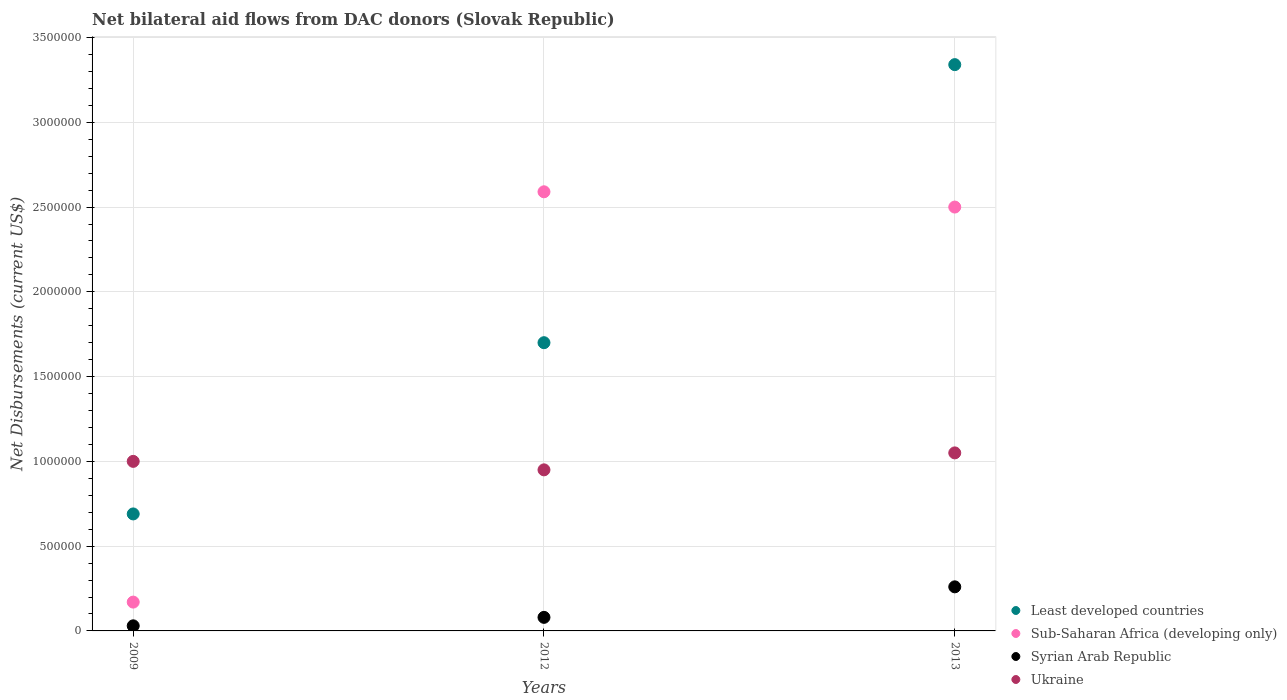
| Years | Least developed countries | Sub-Saharan Africa (developing only) | Syrian Arab Republic | Ukraine |
 | --- | --- | --- | --- | --- |
 | 2009 | 6.9e+05 | 1.7e+05 | 3e+04 | 1e+06 |
 | 2012 | 1.7e+06 | 2.59e+06 | 8e+04 | 9.5e+05 |
 | 2013 | 3.34e+06 | 2.5e+06 | 2.6e+05 | 1.05e+06 |